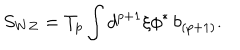
LaTeX: S _ { W Z } = T _ { p } \int d ^ { p + 1 } \xi \phi ^ { * } \, b _ { ( p + 1 ) } .